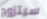
سيتزوج